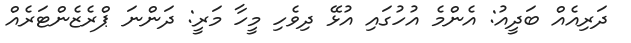
ދަރިއެއް ބަދީއު: އެންމެ އުހުގައި އުޅޭ ދިވެހި މީހާ މަރީ: ދަންނަ ޕްރެޒެންޓަރެއް